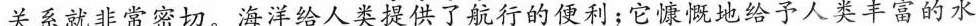
关系就非常密切。海洋给人类提供了航行的便利；它慷慨地给予人类丰富的水